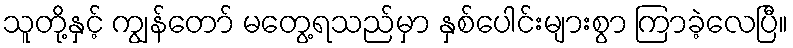
သူတို့နှင့် ကျွန်တော် မတွေ့ရသည်မှာ နှစ်ပေါင်းများစွာ ကြာခဲ့လေပြီ။